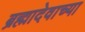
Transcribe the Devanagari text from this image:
ब्रह्मादेवाच्या